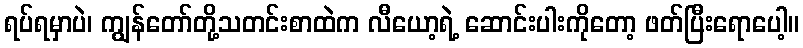
ရပ်ရမှာပဲ၊ ကျွန်တော်တို့သတင်းစာထဲက လီယော့ရဲ့ ဆောင်းပါးကိုတော့ ဖတ်ပြီးရောပေါ့။